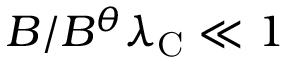
B / B ^ { \theta } \lambda _ { \mathrm { C } } \ll 1